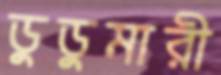
ডুডুমারী